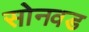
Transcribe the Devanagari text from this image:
सोनवड